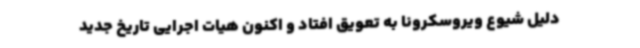
دلیل شیوع ویروسکرونا به تعویق افتاد و اکنون هیات اجرایی تاریخ جدید